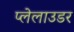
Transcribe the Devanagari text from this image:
प्लेलाउडर